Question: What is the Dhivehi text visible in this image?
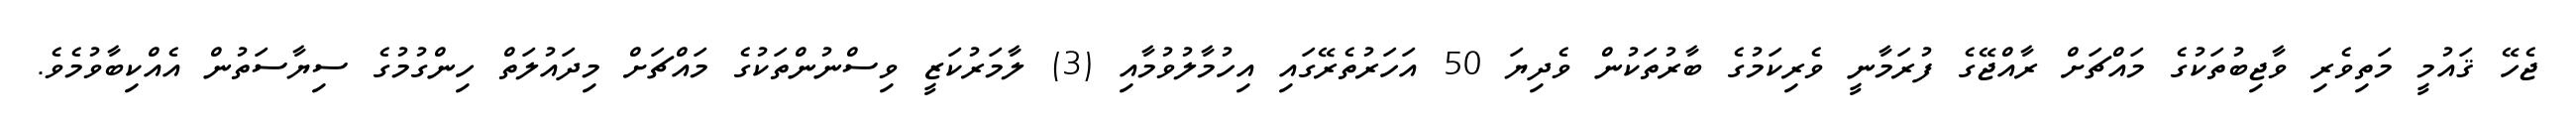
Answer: ޖެހޭ ޤައުމީ މަތިވެރި ވާޖިބުތަކުގެ މައްޗަށް ރާއްޖޭގެ ފުރަމާނީ ވެރިކަމުގެ ބާރުތަކުން ވެދިޔަ 50 އަހަރުތެރޭގައި އިހުމާލުވުމާއި (3) ލާމަރުކަޒީ ވިސްނުންތަކުގެ މައްޗަށް މިދައުލަތް ހިންގުމުގެ ސިޔާސަތުން އެއްކިބާވުމެވެ.